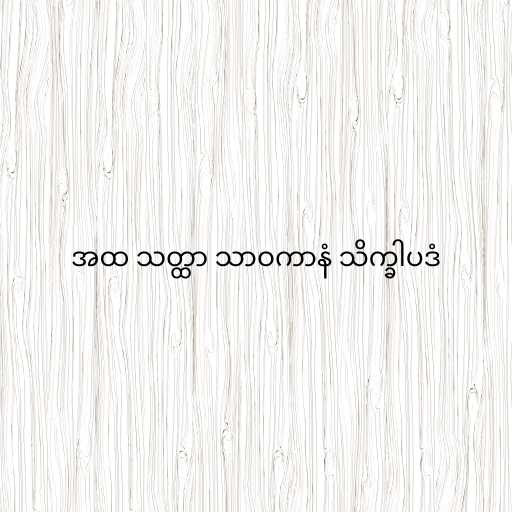
အထ သတ္ထာ သာဝကာနံ သိက္ခါပဒံ